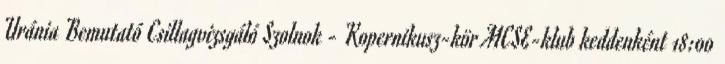
Uránia Bemutató Csillagvizsgáló Szolnok - Kopernikusz-kör MCSE-klub keddenként 18:00